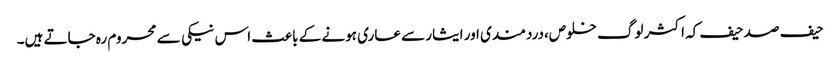
حیف صد حیف کہ اکثر لوگ خلوص،دردمندی اور ایثار سے عاری ہونے کے باعث اس نیکی سے محروم رہ جاتے ہیں۔